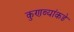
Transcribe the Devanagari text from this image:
कुणब्यांकडे